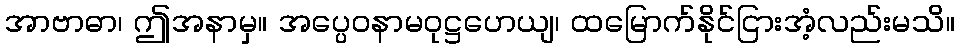
အာဗာဓာ၊ ဤအနာမှ။ အပ္ပေဝနာမဝုဋ္ဌဟေယျ၊ ထမြောက်နိုင်ငြားအံ့လည်းမသိ။